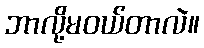
ဘာလို့မဝယ်တာလဲ။